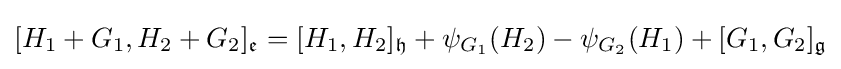
[H_{1}+G_{1},H_{2}+G_{2}]_{\mathfrak {e}}=[H_{1},H_{2}]_{\mathfrak {h}}+\psi _{G_{1}}(H_{2})-\psi _{G_{2}}(H_{1})+[G_{1},G_{2}]_{\mathfrak {g}}